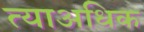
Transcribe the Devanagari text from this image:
त्याअधिक